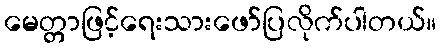
မေတ္တာဖြင့်ရေးသားဖော်ပြလိုက်ပါတယ်။